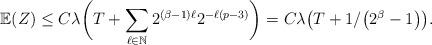
LaTeX: \begin{align*} \mathbb{E}(Z)\le C{\lambda} \biggl(T+\sum_{\ell\in\mathbb{N}}2^{(\beta-1)\ell}2^{-\ell(p-3)} \biggr)=C{\lambda}\bigl(T+1/\bigl(2^\beta-1\bigr)\bigr).\end{align*}